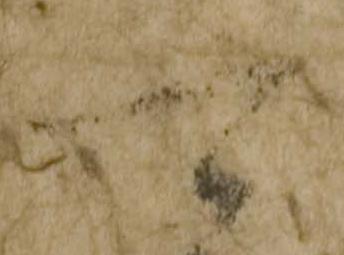
可